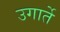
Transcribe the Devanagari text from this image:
उगार्ते